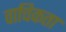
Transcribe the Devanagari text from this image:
वाचिकता